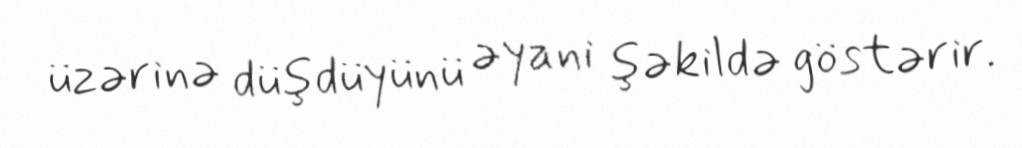
üzərinə düşdüyünü əyani şəkildə göstərir.